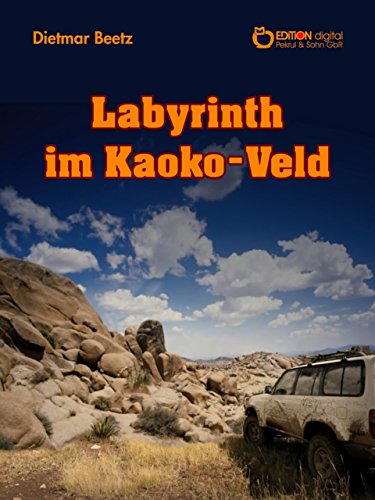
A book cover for Labyrinth im Kaoko-Veld (German Edition); Dietmar Beetz; Teen & Young Adult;